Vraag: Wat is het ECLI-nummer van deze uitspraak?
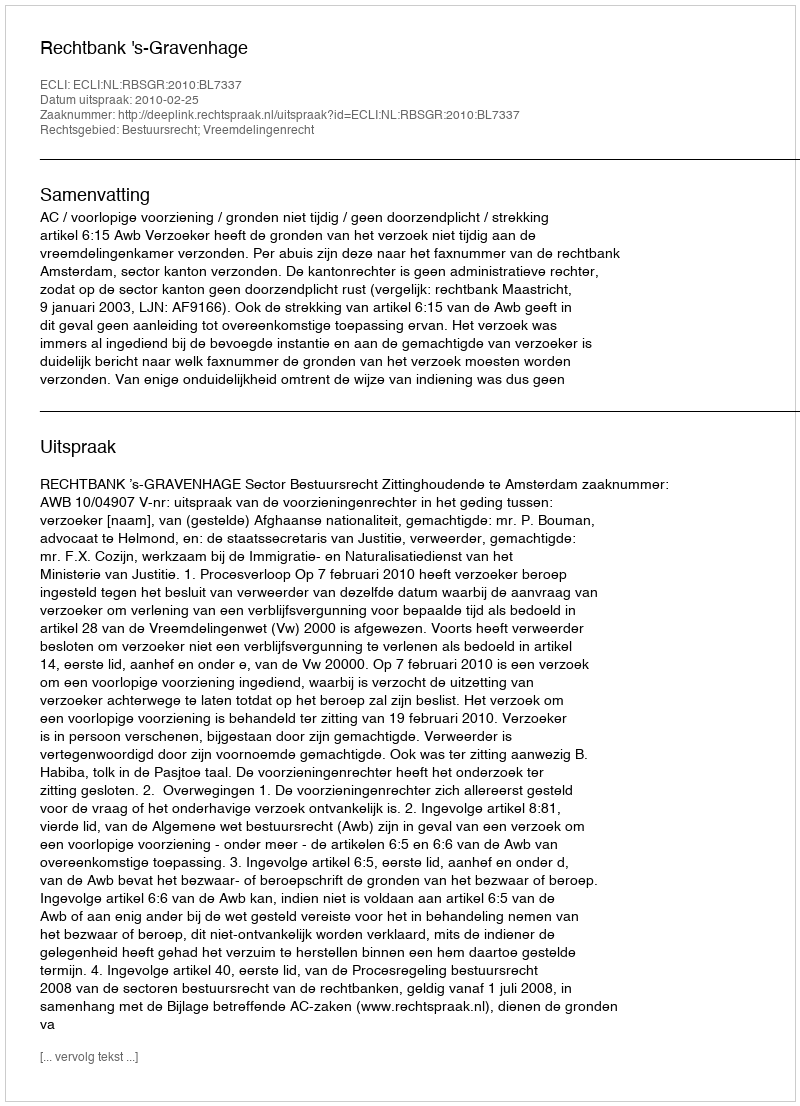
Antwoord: ECLI:NL:RBSGR:2010:BL7337